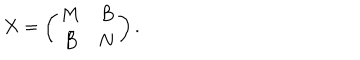
X = \left( \begin{array} { c c } { { M } } & { { B } } \\ { { \bar { B } } } & { { N } } \\ \end{array} \right) .